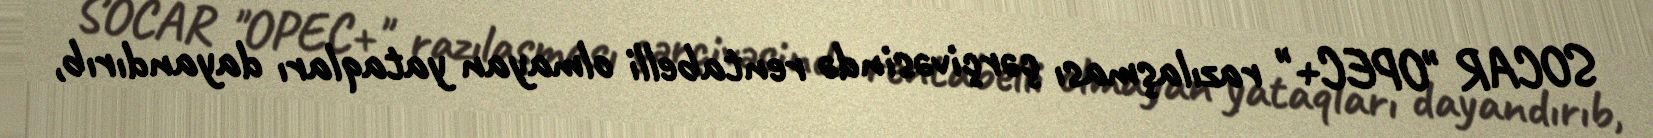
SOCAR "OPEC+" razılaşması çərçivəsində rentabelli olmayan yataqları dayandırıb,